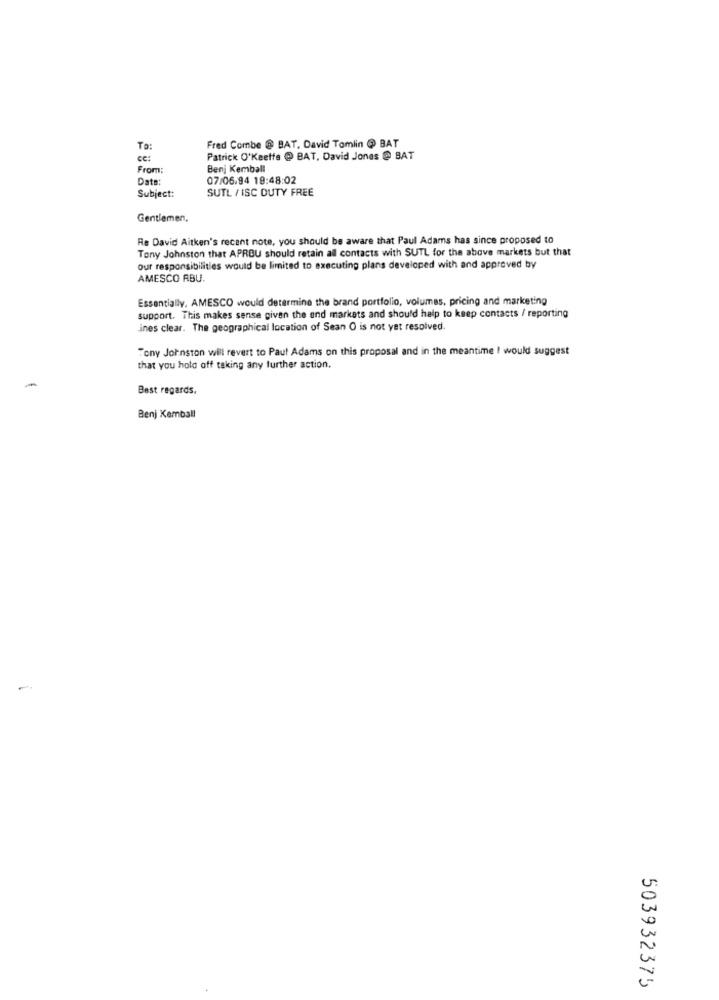
To:
Fred Combe @ BAT, David Tomlin @ BAT
ce:
Patrick O'keeffe @ BAT, David Jones @ BAT
From:
Benj Kemball
Date:
07/06.94 19:48:02
SUTL / ISC DUTY FREE
Subject:
Gentlemen.
Re David Aitken's recent note, you should be aware that Paul Adams has since proposed to
Tony Johnston that APRBU should retain all contacts with SUTL for the above markets but that
our responsibilities would be limited to executing plans developed with and approved by
AMESCO ABU.
Essentially, AMESCO would determine the brand portfolio, volumes, pricing and marketing
support. This makes sense given the end markets and should help to keep contacts / reporting
ines clear. The geographical location of Sean O is not yet resolved.
Tony Johnston will revert to Paul Adams on this proposal and in the meantime I would suggest
that you hold off taking any further action.
Best regards.
Benj Kemball
503932375